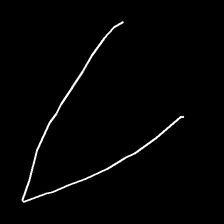
Glyph: region